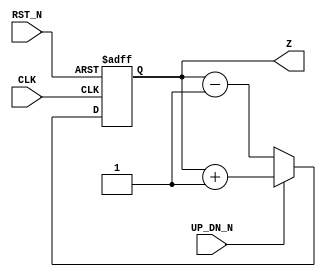
// example Verilog file


module Example(
	input CLK,
	input RST_N,
	input UP_DN_N,   // count up (high), count down (low)
	output [11:0] Z);

	reg [11:0] Z_reg;

	always @(posedge CLK, negedge RST_N) begin
		if(!RST_N) begin
			Z_reg <= 12'b0;
		end
		else begin
			Z_reg <= UP_DN_N ? Z_reg + 12'd1 : Z_reg - 12'd1;
		end
	end

	assign Z = Z_reg;

endmodule